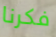
فكرنا